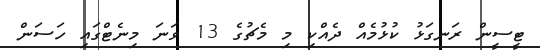
ޓީސީން ރަނގަޅު ކުޅުމެއް ދެއްކި މި މެޗުގެ 13 ވަނަ މިނެޓްގައި ހަސަން